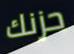
حزنك